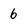
Character: 6